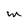
Character: w